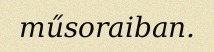
műsoraiban.